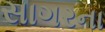
સાગરના